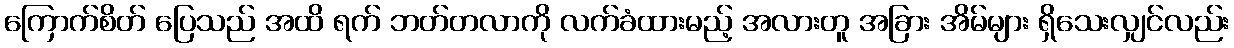
ကြောက်စိတ် ပြေသည် အထိ ရက် ဘတ်တလာကို လက်ခံထားမည့် အလားတူ အခြား အိမ်များ ရှိသေးလျှင်လည်း